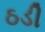
ઠડી